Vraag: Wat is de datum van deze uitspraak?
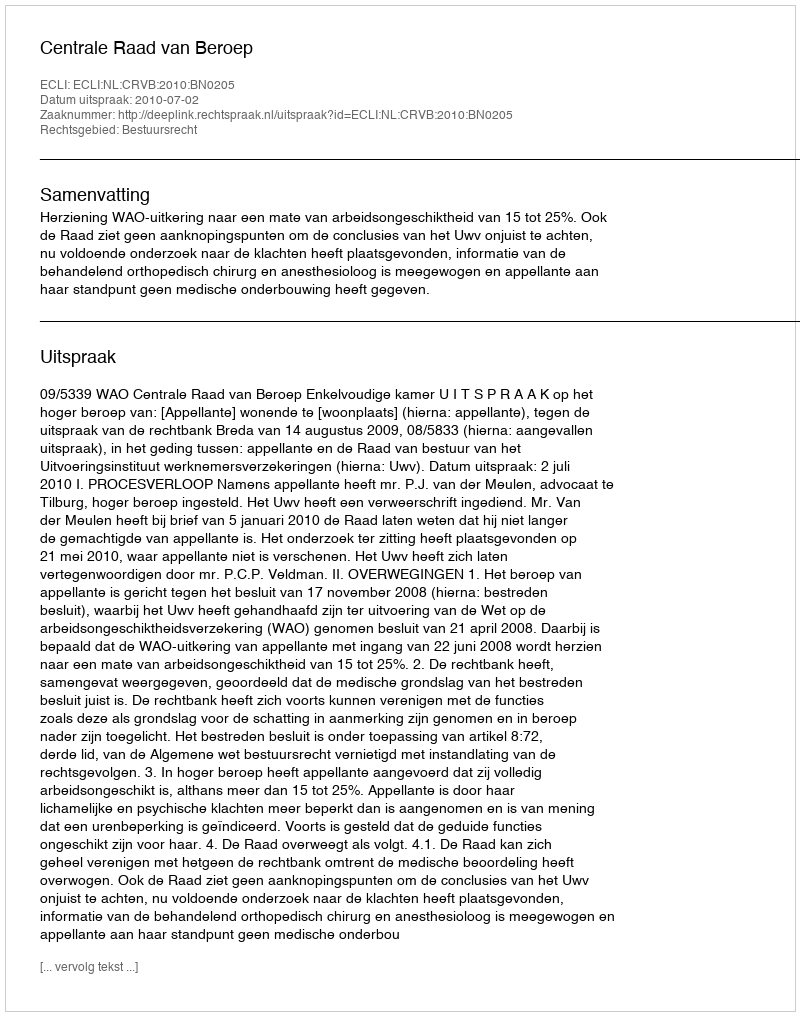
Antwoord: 2010-07-02